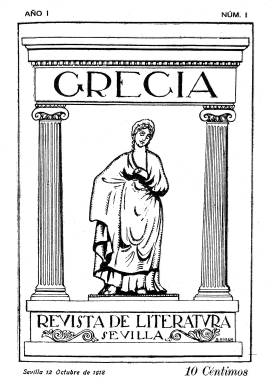
Título: Grecia (Sevilla)
Otros títulos: Revista de literatura
Colección: Literatura
Ámbito geográfico: Sevilla
Lugar de publicación: Sevilla
Fechas: 12/10/1918-01/11/1920

Revista que nace modernista para, lentamente –como señala César Antonio Molina (1990)-, ir acogiendo en sus páginas a la mayoría de los poetas vanguardistas. “Futurismo, cubismo, dadaísmo y expresionismo confluyeron en sus páginas para dar sentido y forma al movimiento ultraísta y creacionista español”, en palabras de José María Barrera López, quien en 1997 escribe una monografía sobre esta publicación y un año posterior la reproduce en facsímil, con un índice onomástico elaborado por María Cristina Guijarro Hernáiz.

Con el subtítulo “revista de literatura”, aparece el doce de octubre de 1918 y sus entregas serán de 24 páginas, con unas ocho de ellas con reclamos de publicidad comercial, estampadas en la sevillana Tipografía La Exposición. Primero con una periodicidad quincenal y decenal desde el 30 de abril de 1919 (número 14, siempre en dígitos romanos). Es fundada y dirigida por Isaac del Vando Villar (1890-1963). Su redactor jefe será Adriano del Valle (1895-1957). Bajo la cabecera de su primer número insertará unos versos de Rubén Darío (1867-1916) y, casi al final, unas divagaciones de Federico García Lorca (1898-1936), pero también un texto de Rafael Cansinos Asséns (1882-1964), bajo cuya tutela se irán incorporando a sus páginas otros poetas de este movimiento literario renovador, que había tenido su precedente vanguardista en la revista madrileña Prometeo (1908-1912).

Como precursora del ultraísmo literario en España, en las páginas de Grecia irán apareciendo una larga lista de manifiestos y proclamas, como en su número cinco, de 15 de diciembre de 1918, cuando Cansinos publica “Poemas del ultra”, y en el siguiente, de uno de enero de 1919, su poema “Ultra canem”. A partir del número siete, de 15 de enero, es cuando la vanguardia se hará contundente en la revista, a juicio de César Antonio Molina, y se irán incorporando poetas como Pedro Luis de Gálvez (1882-1940) o César A. Comet, entre otros.

Será en su número once, de quince de marzo, cuando en la revista aparezca “Un manifiesto literario” de divulgación del ultraísmo, firmado por José Rivas Panedas (1890-1945), Pedro Iglesias Caballero (1893-1937), Xavier Bóveda (1898-1963), Guillermo de Torre (1900-1971), Pedro Garfias (1901-1927) y el citado César A. Comet, entre otros. En el número 25, de 20 de agosto de 1919, Panedas replicará un artículo que Antonio Machado (1875-1939) había publicado días antes en el diario El liberal, con un texto bajo el siguiente título: “Nosotros los del ultra”, y en el primer aniversario de la revista, Del Vando reivindicará la primacía y guía de este arte literario nuevo a través del texto que titula: “El triunfo del ultraísmo”.

Si en su portada venía siendo estampado desde su primera entrega un grabado de una Minerva en un pórtico griego, obra del pintor sevillano Alfonso Grosso (1893-1983), a partir de su número catorce, de 30 de abril de 1919, fue reemplazo por otro de una ánfora asimismo helenística, al mismo tiempo que aparecerá un cuadro de redactores en su portada –especie de consejo de redacción- en el que se incluyen, además de Rafael Cansinos Asséns y Adriano del Valle, a Miguel Romero Martínez (1887-1957), Rogelio Buendía (1891-1969), el músico Luis Claudio Mariani (1898-1960) y quien, hasta el 20 de septiembre (número 27), será su redactor-administrador o jefe de redacción: Pedro Raida (1890-). También, a partir del número 17, de 30 de mayo, incorpora a su portada el breve dibujo de una lata de aceite de automóvil.

En las páginas de la revista se insertarán textos de creación literaria, tanto en prosa como en verso, pero también de crítica, así como traducciones de autores europeos, especialmente franceses. Es el caso de los cubistas Max Jacob (1876-1944), Guillermo Apollinarie (1880-1918) o Paul Morand (1888-1976); de los dadaístas Francis Picabia (1879-1953) o Tristán Tzara (1896-1963); de los simbolistas Charles Baudelaire (1821-1867), Paul Verlaine (1844-1896) o Emilio Verhaeren (1855-1916), o de creacionistas como Pierre Reverdy (1880-1960), así como de Filippo Tomaso Marinetti (1876-1944).

De entre los hispanoamericanos, aparecen textos de José Juan Tablada (1871-1945), Vicente Huidobro (1879-1948) o Jorge Luis Borges (1899-1986). Y entre los ultraístas españoles, además de los ya citados, se prodigarán en sus páginas José María Romero Martínez (1887-1957), hermano del ya citado Miguel, así como Eliodoro Puche (1885-1964), Rafael Lasso de la Vega (1890-1959), Luis Mosquera (1890-1955), Juan José Olmedilla (1893-), Juan Larrea (1895-1980), Ernesto López Parra (1895-1941), Eugenio Montes (1900-1982), José de Ciria Escalante (1903-1924), Ramón Gómez de la Serna (1888-1963), Gerardo Diego (1896-1987) y Vicente Aleixandre (1898-1984) que, con el seudónimo Alejandro G. de Puneda, publica su primer poema Noche, entre otros muchos.

A partir del número 43, correspondiente al uno de junio de 1920, la redacción y edición de la revista pasa a Madrid. En su número 46, de quince de julio, se autoproclamará “órgano del movimiento ultraísta español”, y en el número 50 y último, correspondiente al uno de noviembre de 1920, editado como número extraordinario dedicado a Sevilla, Guillermo de Torre publica su renombrado “Manifiesto vertical”, con grabados en madera de Rafael Barradas (1890-1929) y Norah Borges (1901-1998), hermana de Jorge Luis y que será su mujer.

Del Vando editará seguidamente los cuatro números de Tableros (1921-1922, a la que considera refundación de Grecia, integrando ambas el nutrido grupo de revistas de la vanguardia española, como la citada Prometeo, junto a las también ultraístas Cervantes (1916-1920), Reflector (1920), Ultra (1920-1922), Horizonte (1922-1923) y Plural (1925), que conducirán seguidamente a la posterior formación de la generación del 27 a través de sus propias revistas, como Mediodía (1926-1939) o Litoral (1926-).